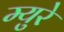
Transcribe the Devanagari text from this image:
म्‍युरे